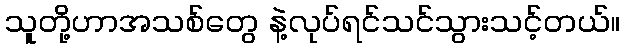
သူတို့ဟာအသစ်တွေ နဲ့လုပ်ရင်သင်သွားသင့်တယ်။